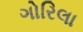
ગોરિલા